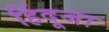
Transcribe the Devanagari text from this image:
हिंदूजा